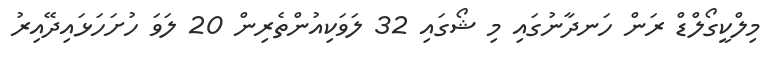
މިލްކީގޯލްޑް ރަން ހަނދާނުގައި މި ޝޯގައި 32 ލަވަކިއުންތެރިން 20 ލަވަ ހުށަހަޅައިދޭއިރު